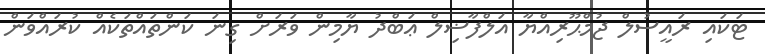
ޓަކައި ރައީސުލް ޖުމްޙޫރިއްޔާ އަލްފާޟިލް ޢަބްދު ޔާމިން ވަރަށް ގިނަ ކަންތައްތަކެއް ކުރައްވަން